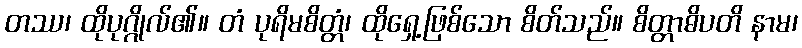
တဿ၊ ထိုပုဂ္ဂိုလ်၏။ တံ ပုရိမစိတ္တံ၊ ထိုရှေ့ဖြစ်သော စိတ်သည်။ စိတ္တာဓိပတိ နာမ၊